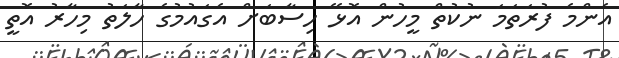
އެންމެ ފުރަތަމަ ނުކުތް މީހުން އޮޅޭ ހިސާބަށް އެގައުމުގެ ހާލަތު މިހާރު އޮތީ